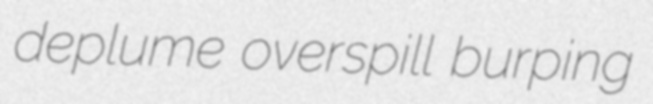
deplume overspill burping